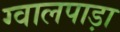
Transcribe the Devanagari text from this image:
ग्वालपाड़ा